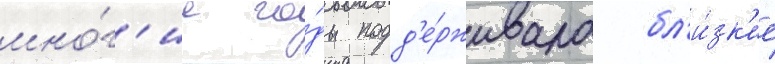
мно́г'ие го́ды подд'е́рживала бл'и́зк'ие